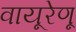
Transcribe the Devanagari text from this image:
वायूरेणू